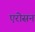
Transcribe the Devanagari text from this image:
एरोसन